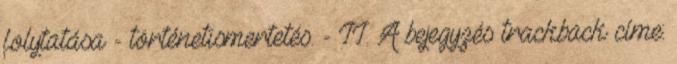
folytatása - történetismertetés. - II. A bejegyzés trackback címe: